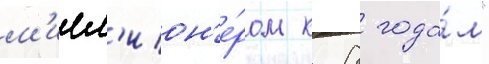
м'илл'ион'е́ром к 8 года́м"